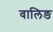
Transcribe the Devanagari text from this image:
वालिङ